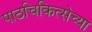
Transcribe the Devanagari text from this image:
पाठचिकित्सेच्या